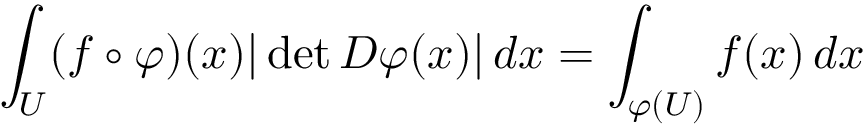
\int _ { U } ( f \circ \varphi ) ( x ) | \operatorname* { d e t } D \varphi ( x ) | \, d x = \int _ { \varphi ( U ) } f ( x ) \, d x